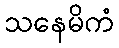
သနေမိကံ